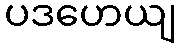
ပဒဟေယျ